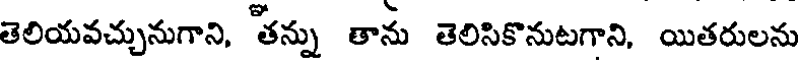
తెలియవచ్చునుగాని, తన్ను తాను తెలిసికొనుటగాని, యితరులను